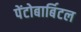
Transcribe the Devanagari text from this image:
पेंटोबार्बिटल